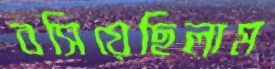
বসিয়েছিলাম